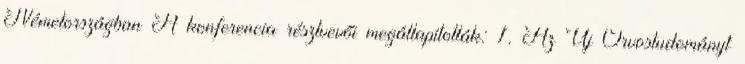
Németországban A konferencia résztvevői megállapították: 1. Az Új Orvostudományt